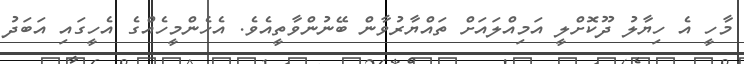
މާހީ އެ ހިޔާލު ދޫކޮށްލީ އަމިއްލައަށް ތައްޔާރުވާން ބޭނުންވާތީއެވެ. އެހެންމީހެއްގެ އެހީގައި އަބަދު